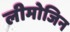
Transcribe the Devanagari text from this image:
लीमोजिन